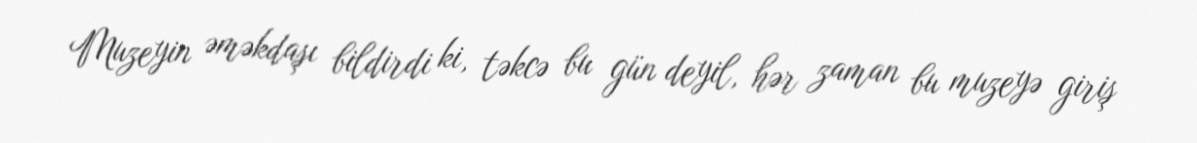
Muzeyin əməkdaşı bildirdi ki, təkcə bu gün deyil, hər zaman bu muzeyə giriş